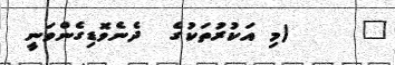
١     (މި އަކުރުތަކުގެ  ދެނެވޮޑިގެންވަނީ